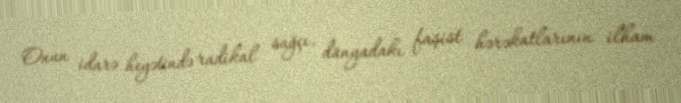
Onun idarə heyətində radikal sağçı, dünyadakı faşist hərəkatlarının ilham